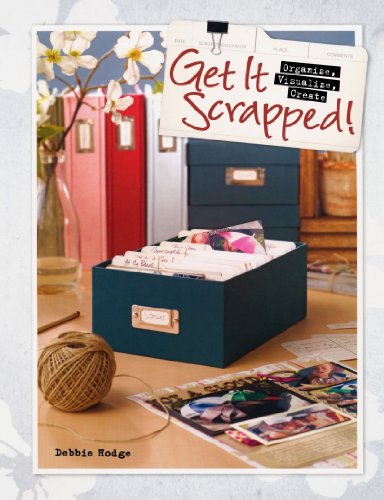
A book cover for Get It Scrapped!: Organize, Visualize, Create; Debbie Hodge; Crafts, Hobbies & Home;